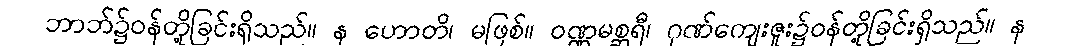
ဘာဘ်၌ဝန်တို့ခြင်းရှိသည်။ န ဟောတိ၊ မဖြစ်။ ဝဏ္ဏမစ္ဆရီ၊ ဂုဏ်ကျေးဇူး၌ဝန်တို့ခြင်းရှိသည်။ န